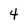
Character: 4